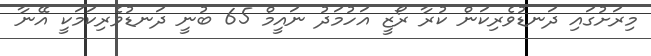
މިރަށުގައި ދަނޑުވެރިކަން ކުރާ ރޯޒީ އަހުމަދު ނައީމް 65 ބުނީ ދަނޑުވެރިކަމަކީ އޭނާ